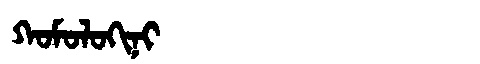
Manchu: ᡴᠣᠮᠣᠯᠣᡴᡳᠨᡳ
Romanization: KOMOLOKINI